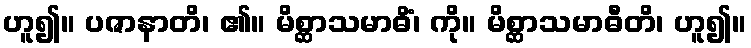
ဟူ၍။ ပဇာနာတိ၊ ၏။ မိစ္ဆာသမာဓိံ၊ ကို။ မိစ္ဆာသမာဓီတိ၊ ဟူ၍။